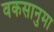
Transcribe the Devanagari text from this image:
वकसानुमा